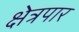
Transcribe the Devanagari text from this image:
क्षेत्रपार